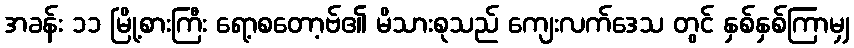
အခန်း ၁၁ မြို့စားကြီး ရော့စတော့ဗ်၏ မိသားစုသည် ကျေးလက်ဒေသ တွင် နှစ်နှစ်ကြာမျှ